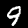
Digit: 9